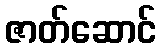
ဇာတ်ဆောင်